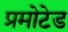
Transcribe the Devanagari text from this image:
प्रमोटेड